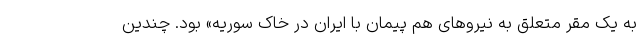
به یک مقر متعلق به نیرو‌های هم پیمان با ایران در خاک سوریه» بود. چندین